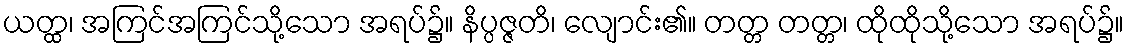
ယတ္ထ၊ အကြင်အကြင်သို့သော အရပ်၌။ နိပ္ပဇ္ဇတိ၊ လျောင်း၏။ တတ္တ တတ္တ၊ ထိုထိုသို့သော အရပ်၌။